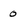
Character: 0